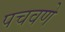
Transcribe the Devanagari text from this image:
पचवणे